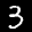
Label: 3